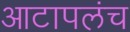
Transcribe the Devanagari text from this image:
आटापलंच